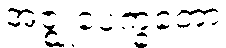
အဇ္ဈုပေက္ခတော